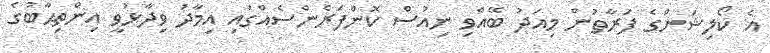
އެ ކޯލިޝަންގެ ފަރާތުން މިއަދު ބޭއްވި ނިއުސް ކޮންފަރެންސެއްގައި އިމާދު ވިދާޅުވީ އިންތިޙާބުގެ